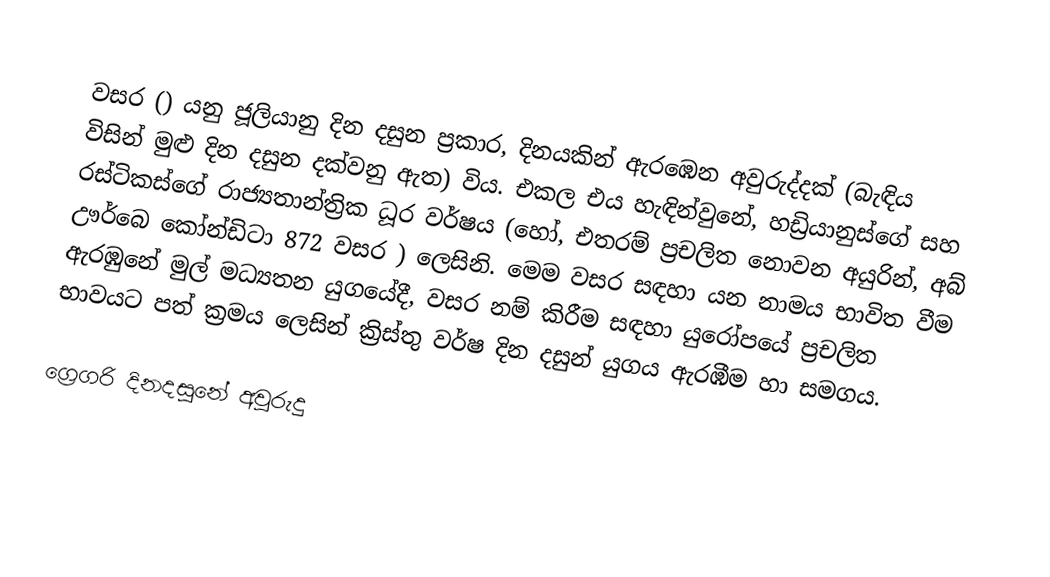

වසර   () යනු  ජූලියානු දින දසුන ප්‍රකාර,    දිනයකින් ඇරඹෙන  අවුරුද්දක්   (බැඳිය විසින් මුළු දින දසුන දක්වනු ඇත)  විය. එකල එය හැඳින්වුනේ, 	හඩ්‍රියානුස්ගේ	 සහ 	රස්ටිකස්ගේ	  රාජ්‍යතාන්ත්‍රික  ධූර වර්ෂය  (හෝ, එතරම් ප්‍රචලිත නොවන අයුරින්,  අබ් ඌර්බෙ කෝන්ඩිටා 	872	  වසර  ) ලෙසිනි. මෙම වසර සඳහා   යන නාමය භාවිත වීම ඇරඹුනේ මුල් මධ්‍යතන යුගයේදී, වසර නම් කිරීම සඳහා යුරෝපයේ ප්‍රචලිත භාවයට පත් ක්‍රමය ලෙසින් ක්‍රිස්තු වර්ෂ දින දසුන් යුගය ඇරඹීම හා සමගය.

ග්‍රෙගරි දිනදසුනේ අවුරුදු